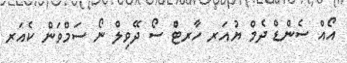
އޯއް ސެންޑް ދެމް ޔުއަރ ހާރޓް ސޯ ދޭވިލް ނޯ ސަމްވަން ކެއަރ